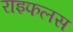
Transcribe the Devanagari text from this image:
राइफलस